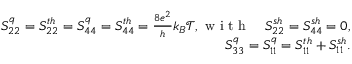
\begin{array} { r } { S _ { 2 2 } ^ { q } = { S _ { 2 2 } ^ { t h } } = S _ { 4 4 } ^ { q } = { S _ { 4 4 } ^ { t h } } = \frac { 8 e ^ { 2 } } { h } k _ { B } \mathcal { T } , \mathrm { ~ w ~ i ~ t ~ h ~ } \quad S _ { 2 2 } ^ { s h } = S _ { 4 4 } ^ { s h } = 0 , } \\ { S _ { 3 3 } ^ { q } = S _ { 1 1 } ^ { q } = S _ { 1 1 } ^ { t h } + { S _ { 1 1 } ^ { s h } } . } \end{array}